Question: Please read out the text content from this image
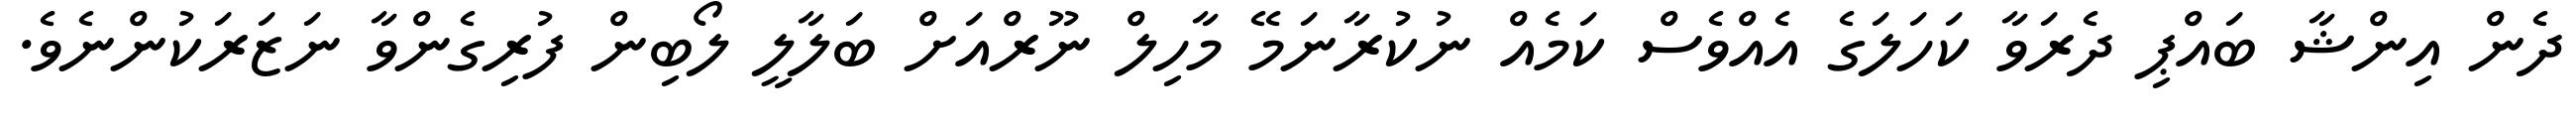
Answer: ދެން އިންޝާ ބައްޕި ދެރަވާ ކަހަލަގެ އެއްވެސް ކަމެއް ނުކުރާނަމޭ މާހިލް ނޫރްއަށް ބަލާލީ ލޯބިން ފުރިގެންވާ ނަޒަރަކުންނެވެ.